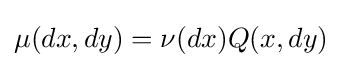
\mu (dx,dy)=\nu (dx)Q(x,dy)